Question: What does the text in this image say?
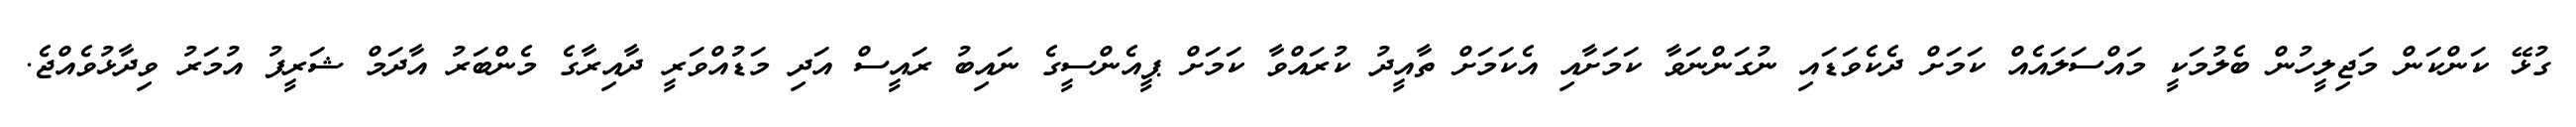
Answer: ގުޅޭ ކަންކަން މަޖިލީހުން ބެލުމަކީ މައްސަލައެއް ކަމަށް ދެކެވަޑައި ނުގަންނަވާ ކަމަށާއި އެކަމަށް ތާއީދު ކުރައްވާ ކަމަށް ޕީއެންސީގެ ނައިބު ރައީސް އަދި މަޑުއްވަރީ ދާއިރާގެ މެންބަރު އާދަމް ޝަރީފު އުމަރު ވިދާޅުވެއްޖެ.